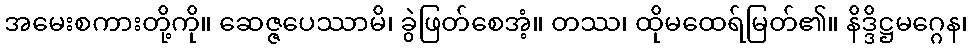
အမေးစကားတို့ကို။ ဆေဇ္ဇပေဿာမိ၊ ခွဲဖြတ်စေအံ့။ တဿ၊ ထိုမထေရ်မြတ်၏။ နိဒ္ဒိဋ္ဌမဂ္ဂေန၊